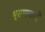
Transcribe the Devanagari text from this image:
भूसमस्याओं